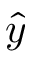
\hat { y }